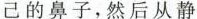
己的鼻子，然后从静